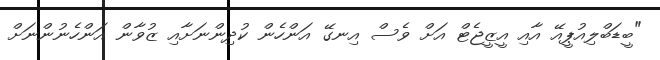
"ބީޑަބްލިއުޕީއޭ އާއި އީޒީޖެޓް އަށް ވެސް އިނގޭ އަންހެން ކުދިންނަށާއި ޒުވާން އަންހެނުންނަށް